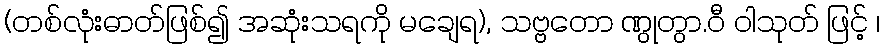
(တစ်လုံးဓာတ်ဖြစ်၍ အဆုံးသရကို မချေရ), သဗ္ဗတော ဏွုတွာ.ဝီ ဝါသုတ် ဖြင့် ၊